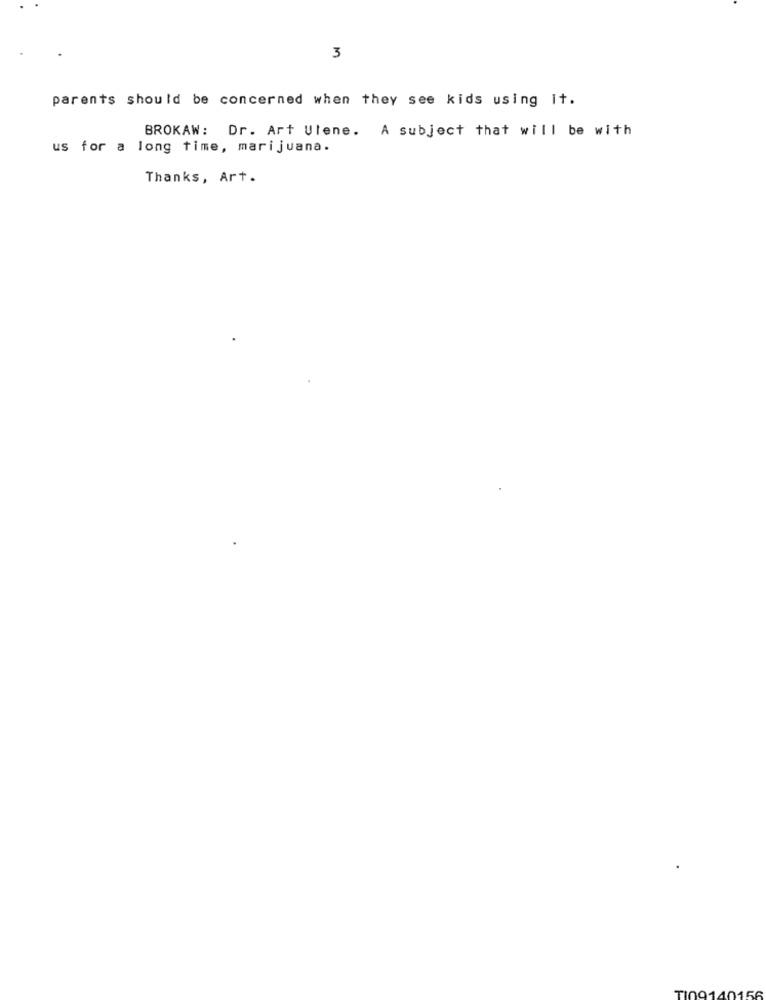
3
parents should be concerned when they see kids using It.
BROKAW: Dr. Art Ulene. A subject that will be with
us for a long time, marijuana.
Thanks, Art.
TI09140156